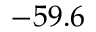
- 5 9 . 6